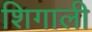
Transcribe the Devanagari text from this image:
शिगाली